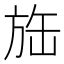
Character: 𱡲